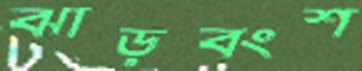
ঝাড়বংশ